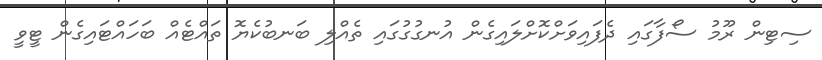
ސިޓިން ރޫމު ސޯފާގައި ދެފައިވަށްކޮށްލައިގެން އުނގުގުގައި ތެއްލި ބަނބުކެޔޮ ތައްޓެއް ބަހައްޓައިގެން ޓީވީ